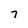
Character: 7